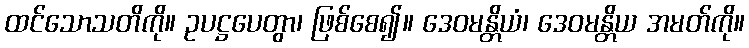
ထင်သောသတိကို။ ဥပဋ္ဌပေတွာ၊ ဖြစ်စေ၍။ ဒေဝမန္တိယံ၊ ဒေဝမန္တိယ အမတ်ကို။